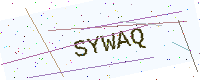
Text: SYWAQ